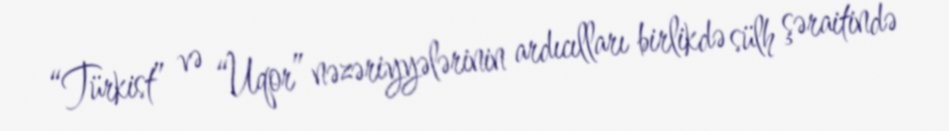
“Türkist” və “Uqor” nəzəriyyələrinin ardıcılları birlikdə sülh şəraitində